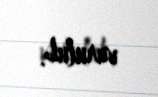
vurulub.